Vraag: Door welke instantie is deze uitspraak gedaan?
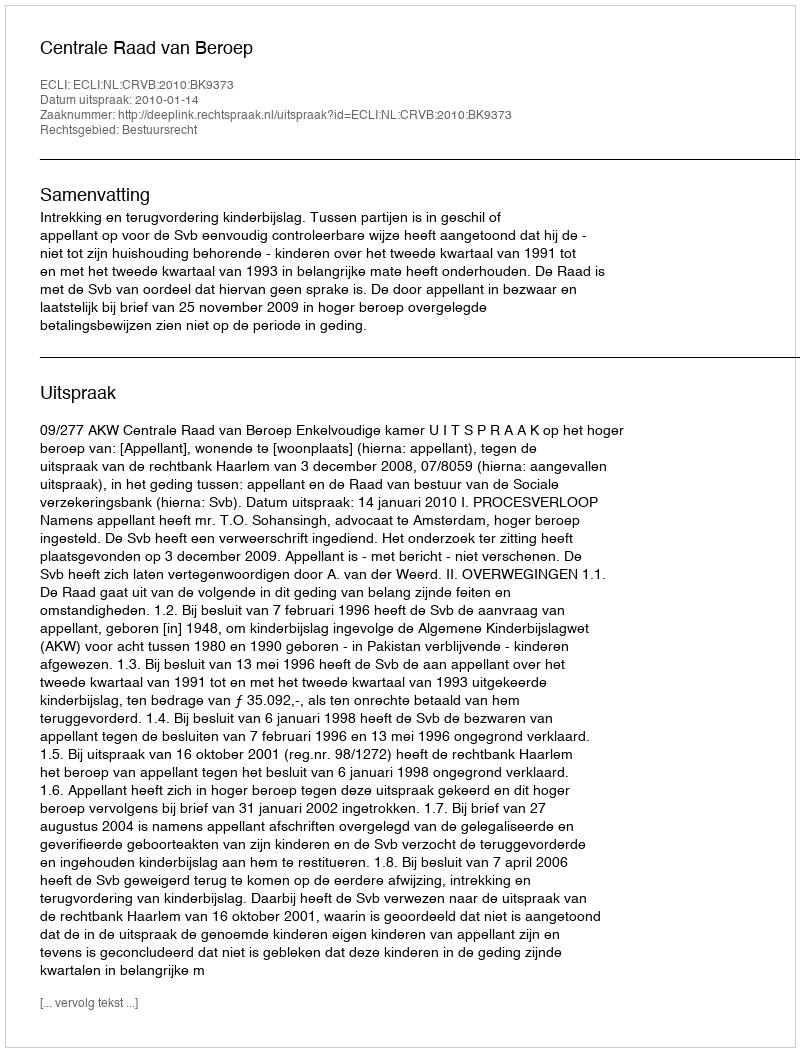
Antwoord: Centrale Raad van Beroep